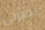
تجبرني